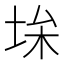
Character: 𡋠